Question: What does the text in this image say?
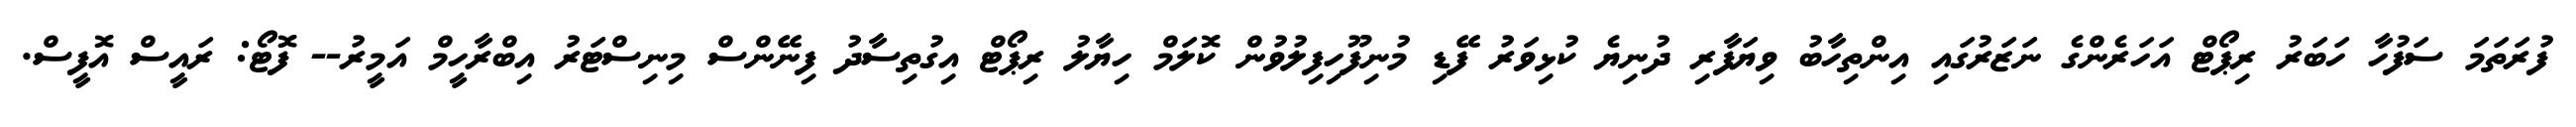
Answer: ފުރަތަމަ ސަފުހާ ހަބަރު ރިޕޯޓް އަހަރެންގެ ނަޒަރުގައި އިންތިހާބު ވިޔަފާރި ދުނިޔެ ކުޅިވަރު ފޭޑި މުނިފޫހިފިލުވުން ކޮލަމް ހިޔާލު ރިޕޯޓް އިގުތިސާދު ފިނޭންސް މިނިސްޓަރު އިބްރާހީމް އަމީރު-- ފޮޓޯ: ރައީސް އޮފީސް.